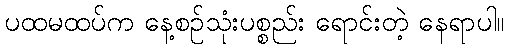
ပထမထပ်က နေ့စဉ်သုံးပစ္စည်း ရောင်းတဲ့ နေရာပါ။